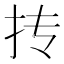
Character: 抟